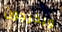
ويخرجون